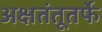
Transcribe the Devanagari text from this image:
अक्षतंतूतर्फे